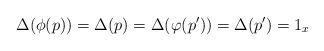
LaTeX: \begin{align*}\Delta(\phi(p))=\Delta(p)=\Delta(\varphi(p^{\prime}))=\Delta(p^{\prime})=1_{x}\end{align*}